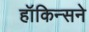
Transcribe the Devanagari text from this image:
हॉकिन्सने